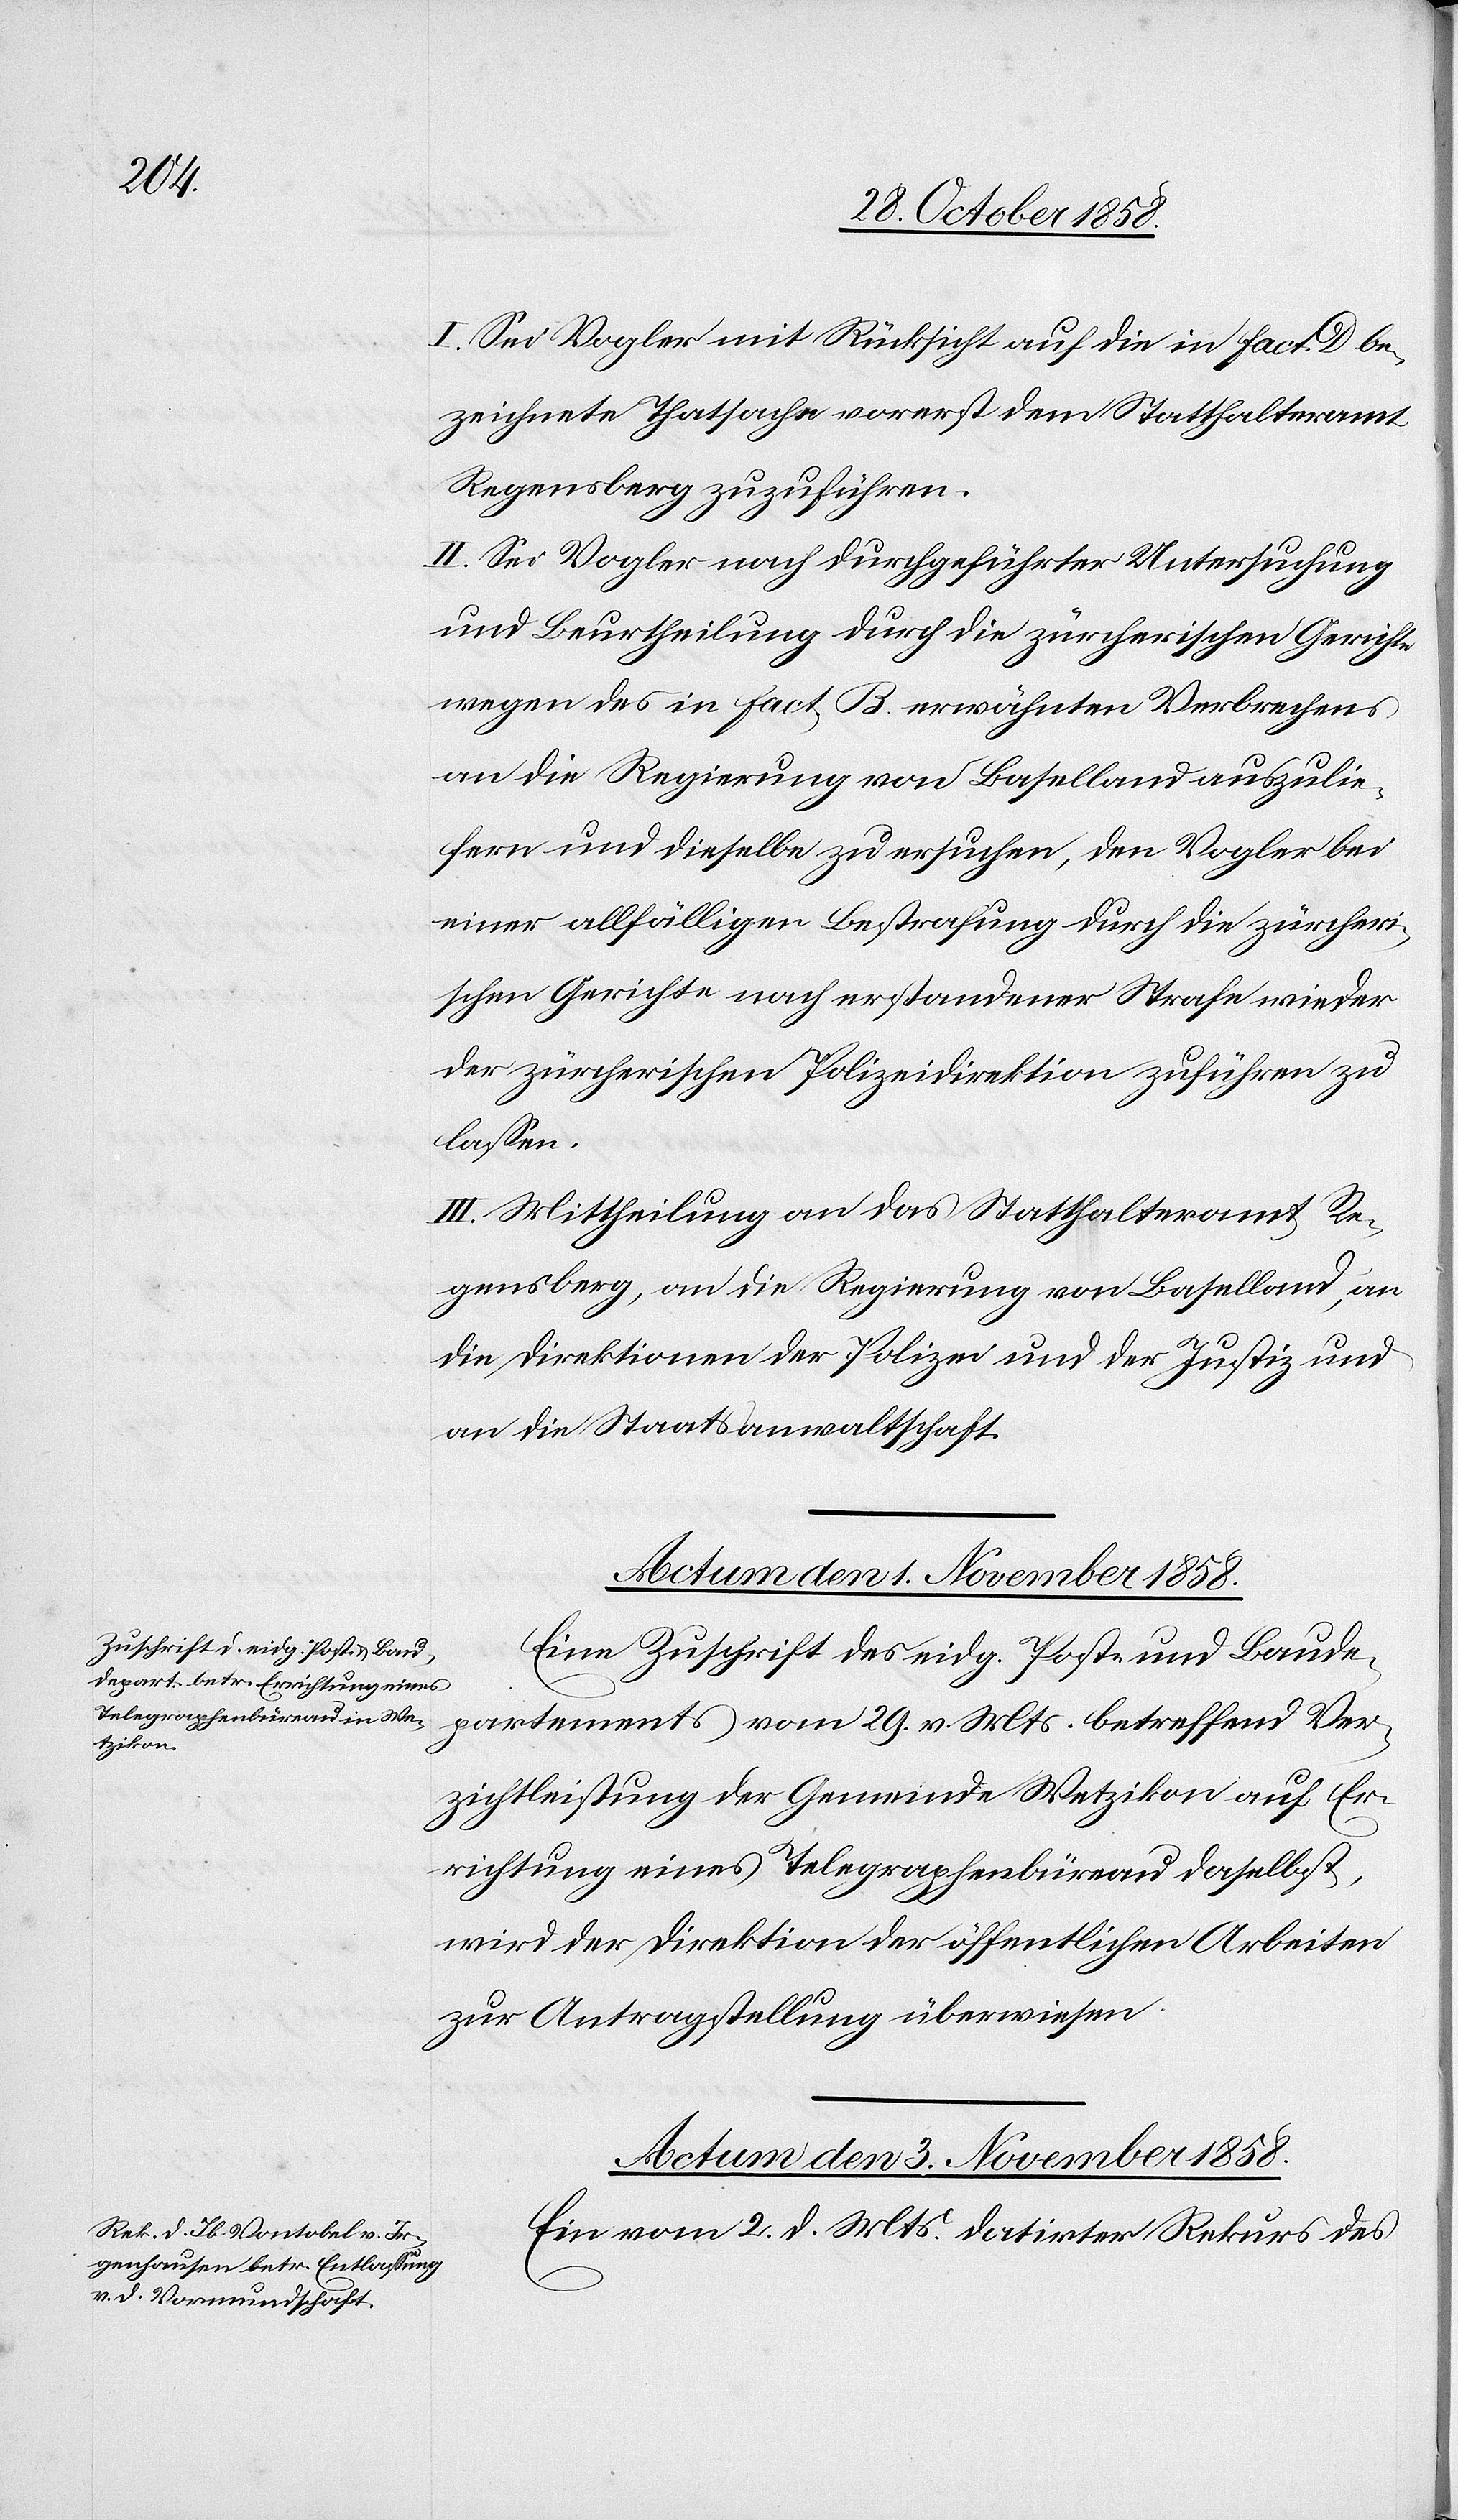
I. Sei Vogler mit Rücksicht auf die in Fact. D be¬
zeichnete Thatsache vorerst dem Statthalteramt
Regensberg zuzuführen.
II. Sei Vogler nach durchgeführter Untersuchung
und Beurtheilung durch die zürcherischen Gerichte
wegen des in Fact. B. erwähnten Verbrechens
an die Regierung von Baselland auszulie¬
fern und dieselbe zu ersuchen, den Vogler bei
einer allfälligen Bestrafung durch die zürcheri¬
schen Gerichte nach erstandener Strafe wieder
der zürcherischen Polizeidirektion zuführen zu
lassen.
III. Mittheilung an das Statthalteramt Re¬
gensberg, an die Regierung von Baselland, an
die Direktionen der Polizei und der Justiz und
an die Staatsanwaltschaft.
Actum den 1. November 1858.
Eine Zuschrift des eidg. Post- und Baude¬
partements vom 29. v. Mts. betreffend Ver¬
zichtleistung der Gemeinde Wetzikon auf Er¬
richtung eines Telegraphenbüreau daselbst,
wird der Direktion der öffentlichen Arbeiten
zur Antragstellung überwiesen.
Actum den 3. November 1858.
Ein vom 2. d. Mts. datirter Rekurs des